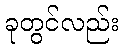
ခုတွင်လည်း